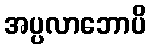
အပ္ပလာဘောပိ